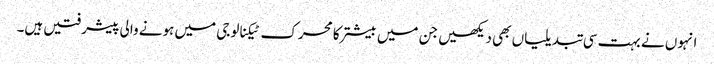
انہوں نے بہت سی تبدیلیاں بھی دیکھیں جن میں بیشتر کا محرک ٹیکنالوجی میں ہونے والی پیشرفتیں ہیں۔